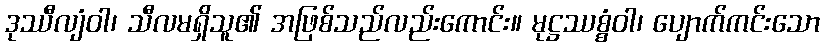
ဒုဿီလျံဝါ၊ သီလမရှိသူ၏ အဖြစ်သည်လည်းကောင်း။ မုဋ္ဌဿစ္စံဝါ၊ ပျောက်ကင်းသော